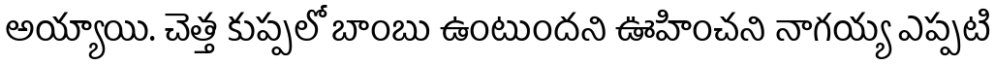
అయ్యాయి. చెత్త కుప్పలో బాంబు ఉంటుందని ఊహించని నాగయ్య ఎప్పటి